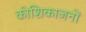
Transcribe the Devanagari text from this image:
कोशिकाजनों